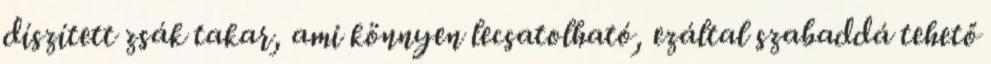
díszített zsák takar, ami könnyen lecsatolható, ezáltal szabaddá tehető